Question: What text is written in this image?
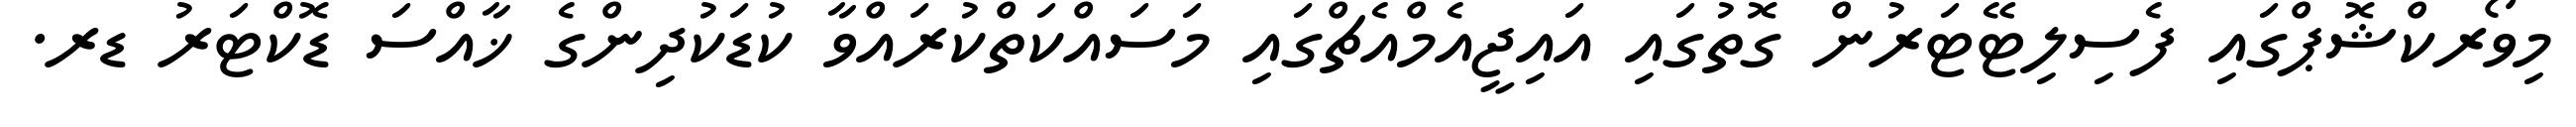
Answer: މިވޯރކްޝޮޕްގައި ފެސިލިޓޭޓަރުން ގޮތުގައި އައިޖީއެމްއެޗްގައި މަސައްކަތްކުރައްވާ ކުޑަކުދިންގެ ޚާއްސަ ޑޮކްޓަރު ޑރ.